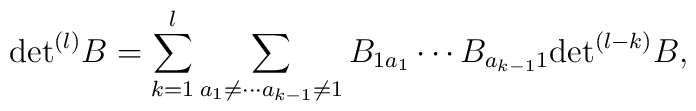
{\rm det}^{(l)} B = \sum_{k=1}^l \sum_{a_1 \neq \cdots a_{k-1} \neq 1}               B_{1 a_1}\cdots B_{a_{k-1} 1} {\rm det }^{(l-k)}B ,